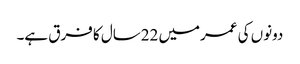
دونوں کی عمرمیں 22سال کا فرق ہے۔